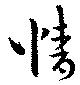
情